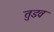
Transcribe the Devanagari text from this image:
तुडव